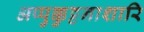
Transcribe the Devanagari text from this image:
अप्पुक्कुट्टनाशारि